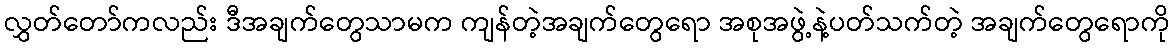
လွှတ်တော်ကလည်း ဒီအချက်တွေသာမက ကျန်တဲ့အချက်တွေရော အစုအဖွဲ့နဲ့ပတ်သက်တဲ့ အချက်တွေရောကို